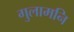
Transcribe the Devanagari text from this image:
गुलामनि